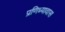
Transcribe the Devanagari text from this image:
प्रणिध्यावास